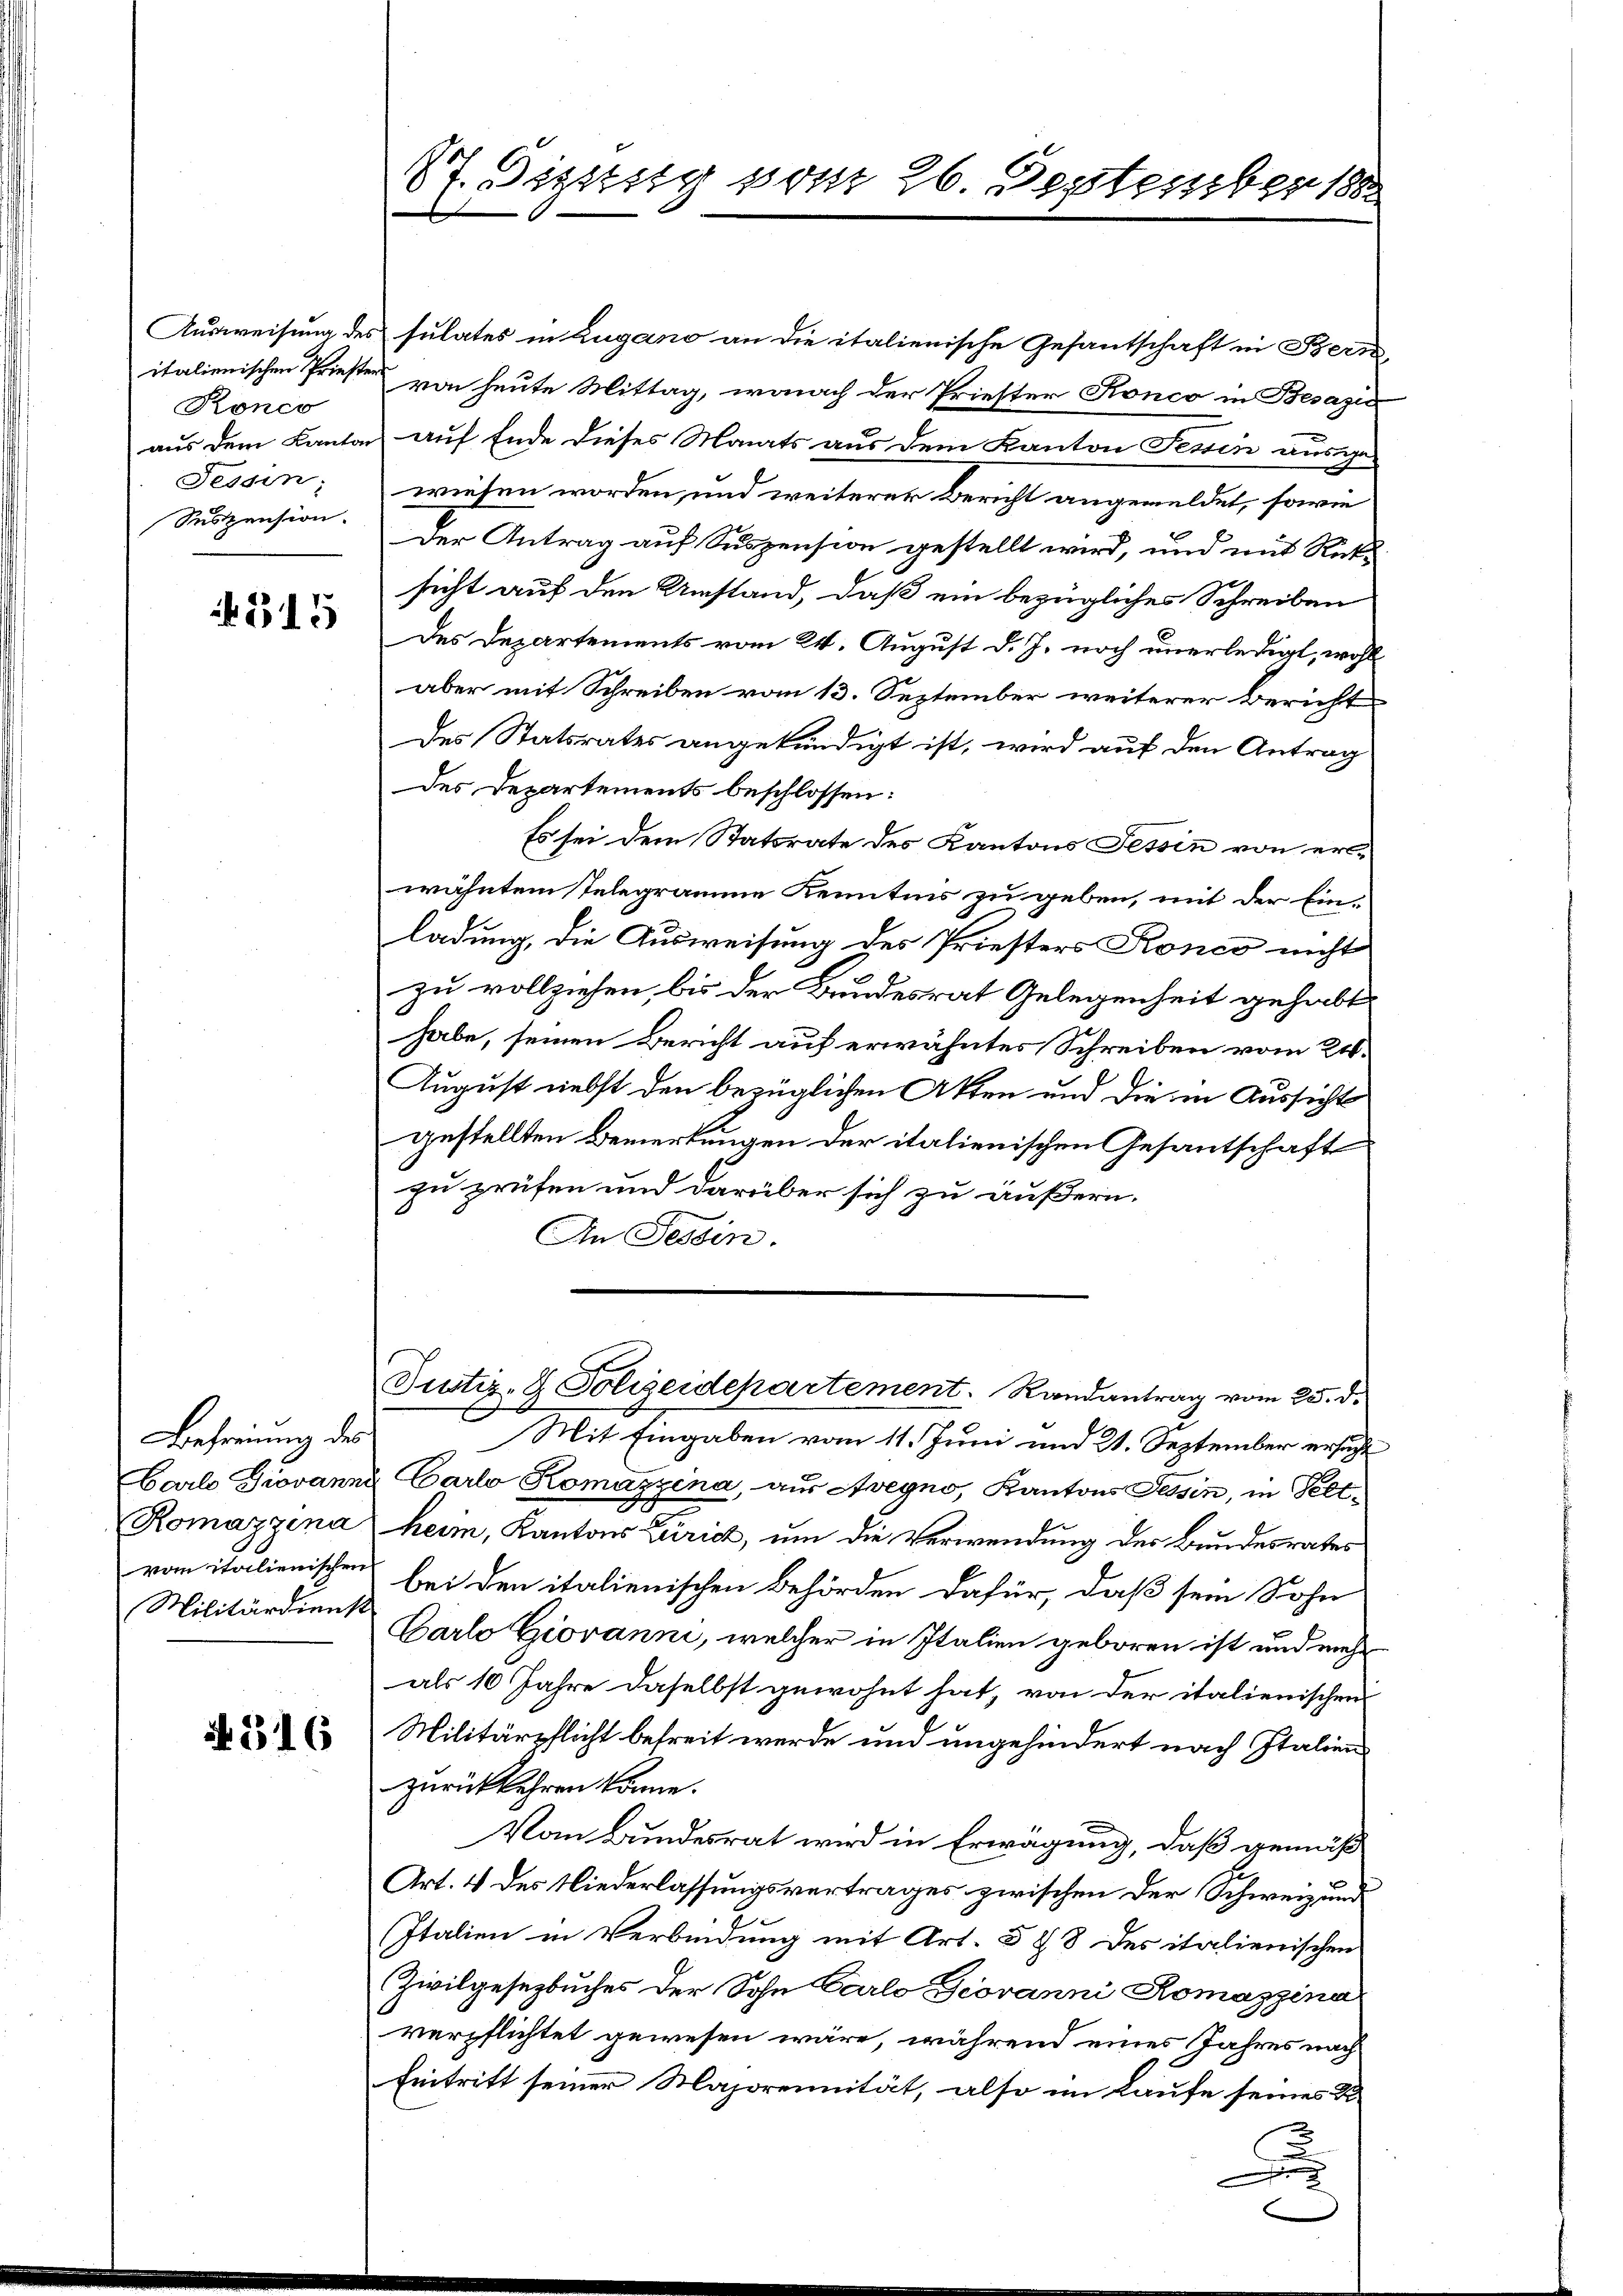
Ronco
Tessin;
Seszension.

515

Befreiung des
Militärdienst

No. 316

87. Sistig vom 26. September 1882

Ausweisung des sulates in Zugano an die italienische Gesantschaft in Bern,
italienischen Priester von heute Mittag, wonach der Priester Konco in Besazić
aus dem Kanton auf Ende dieses Monats aus dem Kanton Tessin ausge-
wiesen worden, und weiterer Bericht angemeldet, sowie
Der Antrag auf Suspension gestellt wird, und mit Rück-
sicht auf den Umstand, daß ein bezügliches Schreiben
des Departements vom 24. August d. J. noch unerledigt, wohl
aber mit Schreiben vom 13. September weiterer Bericht
Des Statsrates angekündigt ist, wird auf den Antrag
des Departements beschlossen:
Es sei dem Statsrate des Kantons Tessin von erwähntem telegramme Kenntnis zu geben, mit der Einladung, die Ausweisung des Priesters Ronco nicht
zu vollziehen, bis der Bundesrat Gelegenheit gehabt
habe, seinen Bericht auf erwähntes Schreiben vom 24.
August nebst den bezüglichen Akten und die in Aussicht
gestellten Bemerkungen der italienischen Gesantschaft
zu prüfen und darüber sich zu äußern.
An Tessin.

Justiz- & Polizeidepartement. Randantrag vom 25. d.

x
Mit Eingaben vom 11. Juni und 21. September ersucht
Carl Giovanna Carlo Komazzina, aus Avegno, Kantons Tessin, in Peet¬
Romazzena heim, Kantons Zürich, um die Verwendung des Bundesrates
vom italienischen bei den italienischen Behörden dafür, daß sein Sohn
Carlo Giovanni, welcher in Italien geboren ist und mehr
als 10 Jahre daselbst gewohnt hat, von der italienischen
Militärpflicht befreit werde und ungehindert nach Italien
zurückkehren könne.
Vom Bundesrat wird in Erwägung, daß gemäß
Art. 4 des Niederlassungsvertrages zwischen der Schweiz und
Italien in Verbindung mit Art. 5 § 8 des italienischen
Zivilgesezbuches der Sohn Carlo Giovanni Romazzina
verpflichtet gewesen wäre, während eines Jahres nach
Eintritt seiner Majorennität, also im Laufe seines K